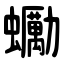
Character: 䘈